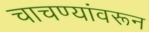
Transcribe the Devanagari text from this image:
चाचण्यांवरून